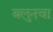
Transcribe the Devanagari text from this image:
बलुनचा